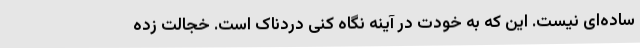
ساده‌ای نیست. این که به خودت در آینه نگاه کنی دردناک است. خجالت زده